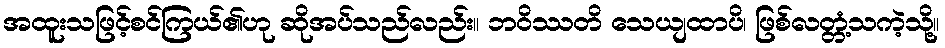
အထူးသဖြင့်စင်ကြယ်၏ဟု ဆိုအပ်သည်လည်း။ ဘဝိဿတိ သေယျထာပိ၊ ဖြစ်လတ္တံ့သကဲ့သို့။